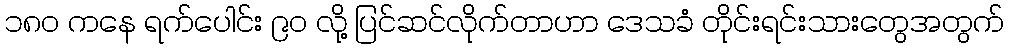
၁၈၀ ကနေ ရက်ပေါင်း ၉၀ လို့ ပြင်ဆင်လိုက်တာဟာ ဒေသခံ တိုင်းရင်းသားတွေအတွက်